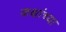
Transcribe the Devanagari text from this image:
कक्षांच्या